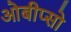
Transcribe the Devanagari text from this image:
ओबीप्‍सो